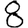
Digit: 8